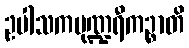
ဥပါသကပုဏ္ဍရီကဉ္စာတိ